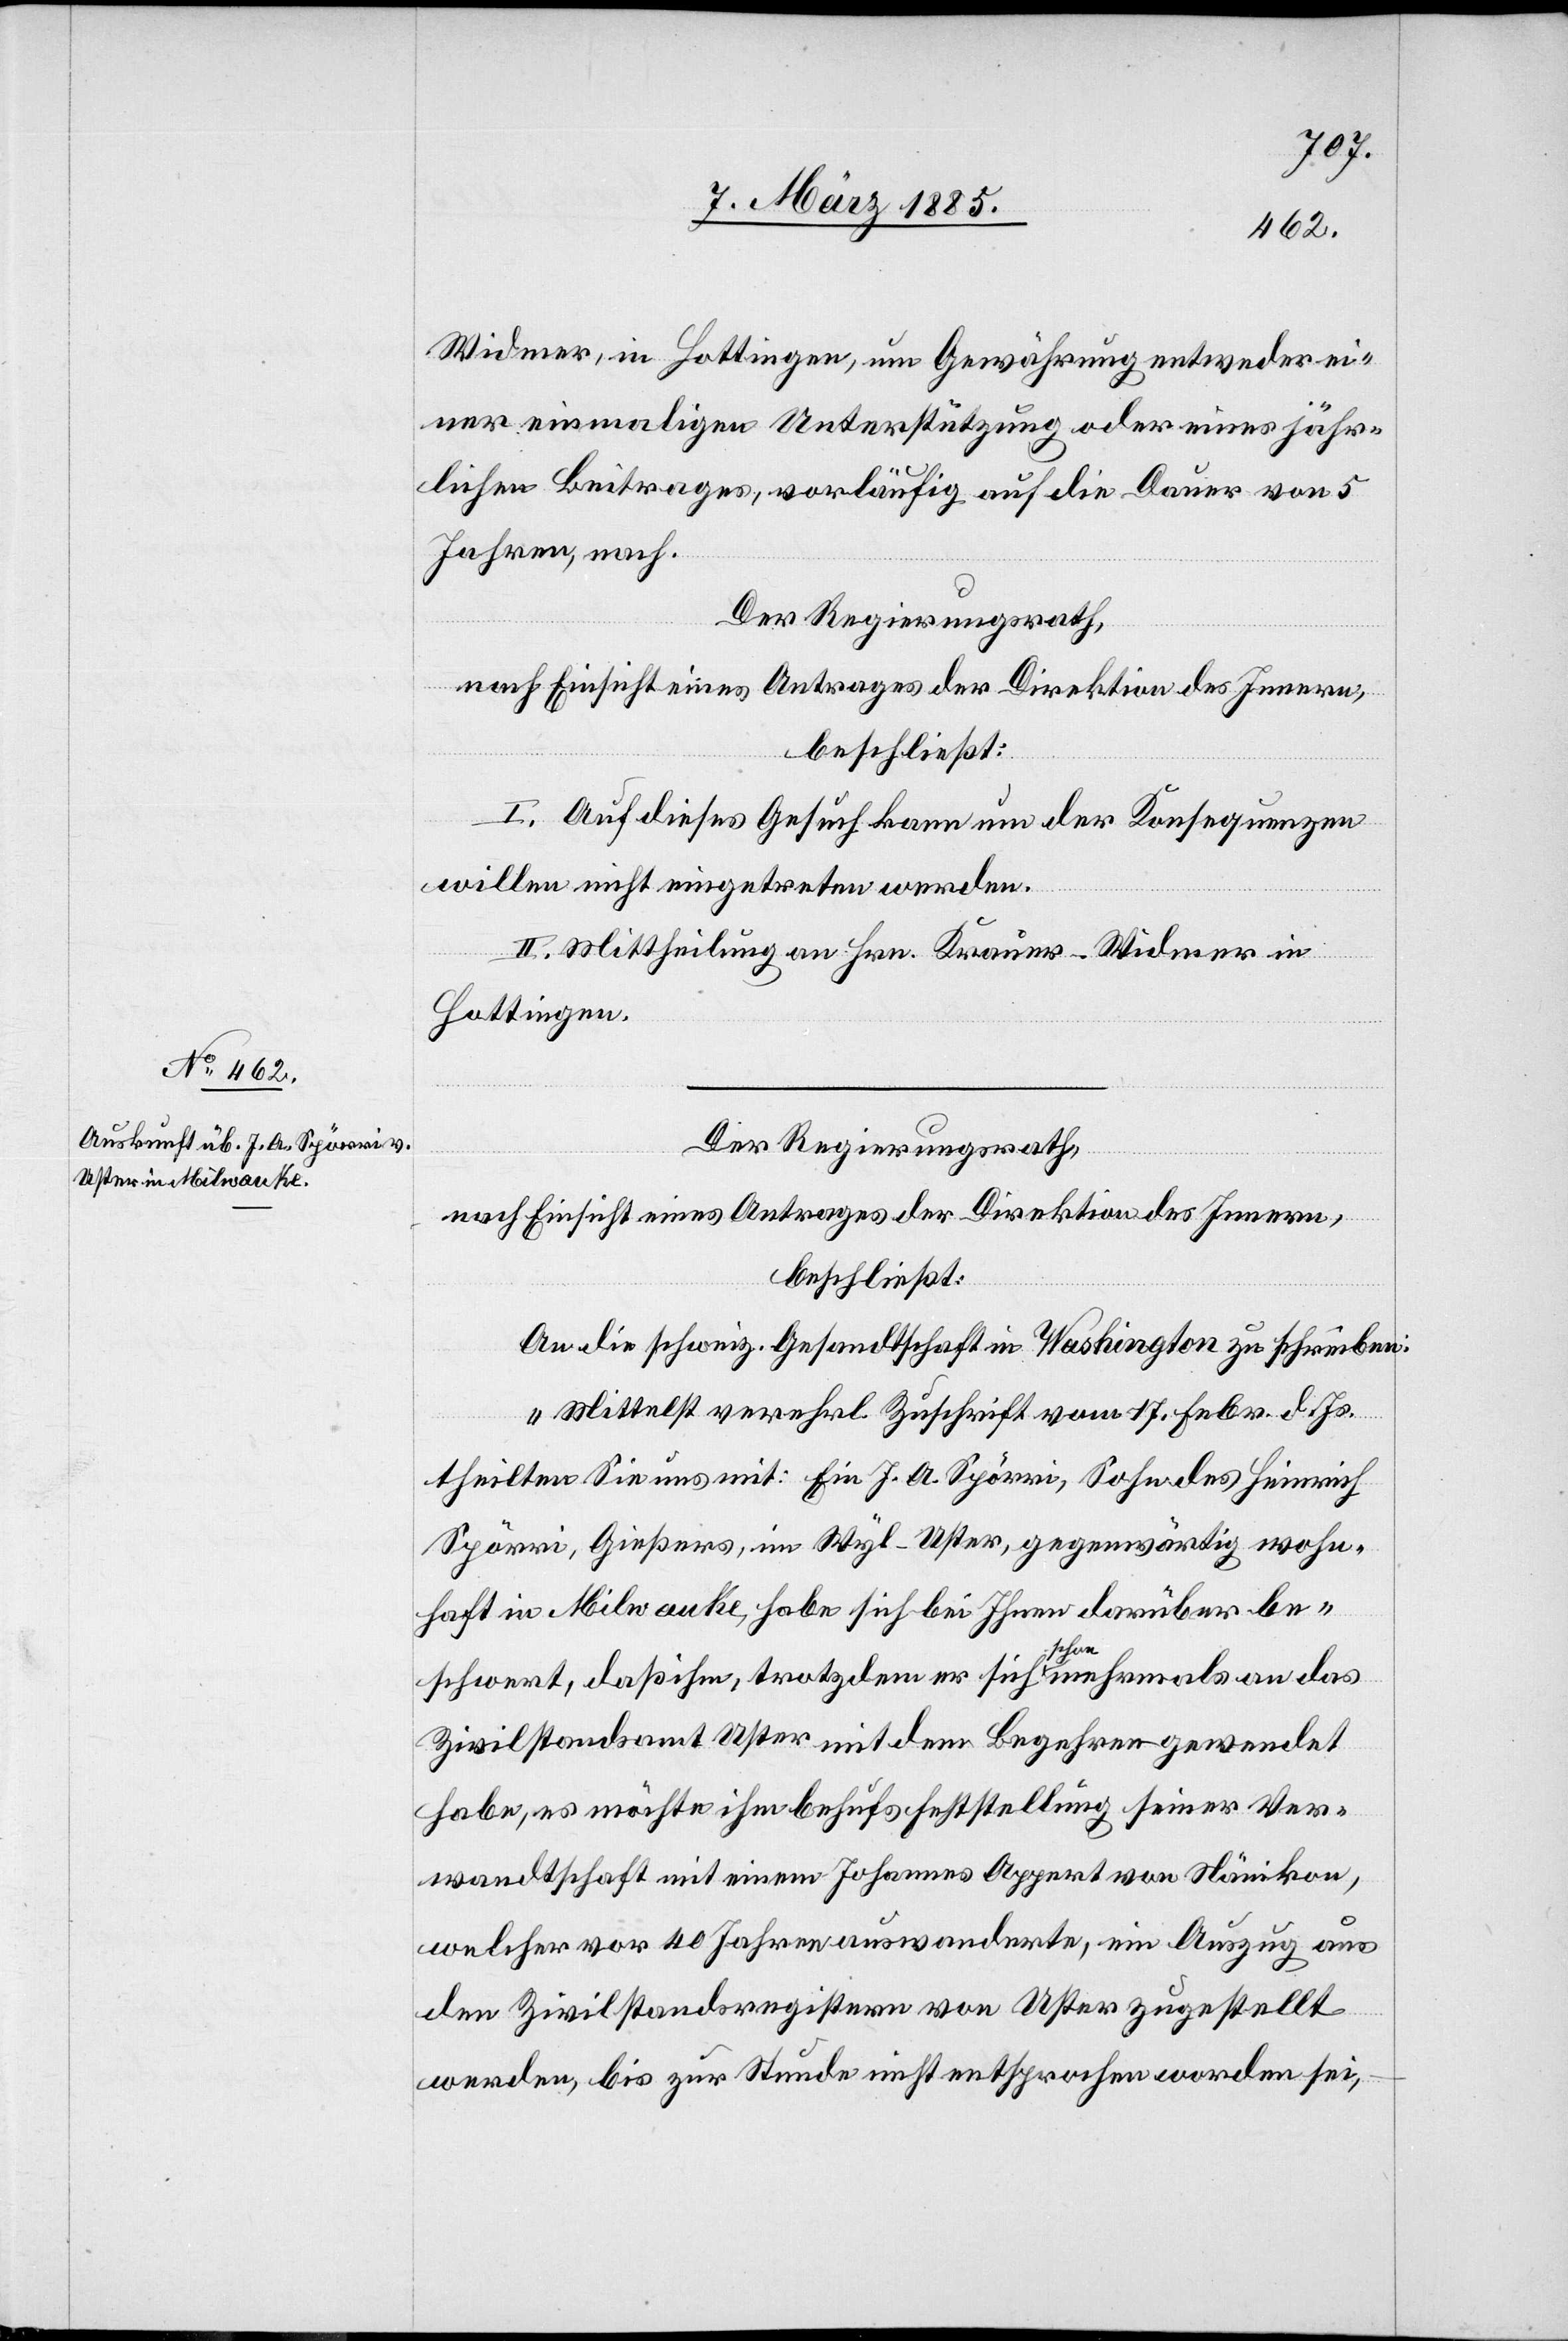
Widmer, in Hottingen, um Gewährung entweder ei¬
ner einmaligen Unterstützung oder eines jähr¬
lichen Beitrages, vorläufig auf die Dauer von 5
Jahren, nach.
Der Regierungsrath,
nach Einsicht eines Antrages der Direktion des Innern,
beschließt:
I. Auf dieses Gesuch kann um der Konsequenzen
willen nicht eingetreten werden.
II. Mittheilung an Hrn. Krauer-Widmer in
Hottingen.
Der Regierungsrath,
nach Einsicht eines Antrages der Direktion des Innern,
beschließt:
An die schweiz. Gesandtschaft in Washington zu schreiben:
„Mittelst verehrl. Zuschrift vom 17. Febr. d. Js.
theilten Sie uns mit: Ein J. A. Spörri, Sohn des Heinrich
Spörri, Gießers, im Wyl - Uster, gegenwärtig wohn¬
haft in Milwauke, habe sich bei Ihnen darüber be¬
schwert, daß ihm, trotzdem er sich schon mehrmals an das
Zivilstandsamt Uster mit dem Begehren gewendet
habe, es möchte ihm behufs Feststellung seiner Ver¬
wandtschaft mit einem Johannes Appert von Nänikon,
welcher vor 40 Jahren auswanderte, ein Auszug aus
dem Zivilstandsregistern von Uster zugestellt
werden, bis zur Stunde nicht entsprochen worden sei,